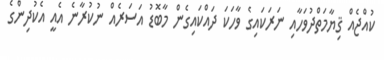
ކުއްޖެއް ޤިޔާމަތްދުވަހާއި ނަރަކައިގެ ވާހަކަ ދައްކައިގެން މާބޮޑު އަސަރެއް ނުކުރާނެ އެއީ އެކުދިންގެ